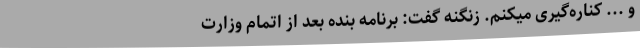
و ... کناره‌گیری میکنم. زنگنه گفت: برنامه بنده بعد از اتمام وزارت